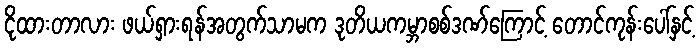
ငိုထားတာလား ဖယ်ရှားရန်အတွက်သာမက ဒုတိယကမ္ဘာစစ်ဒဏ်ကြောင့် တောင်ကုန်းပေါ်နှင့်